Indian journal of veterinary science and animal husbandry - Volume 6,
Year: 1936
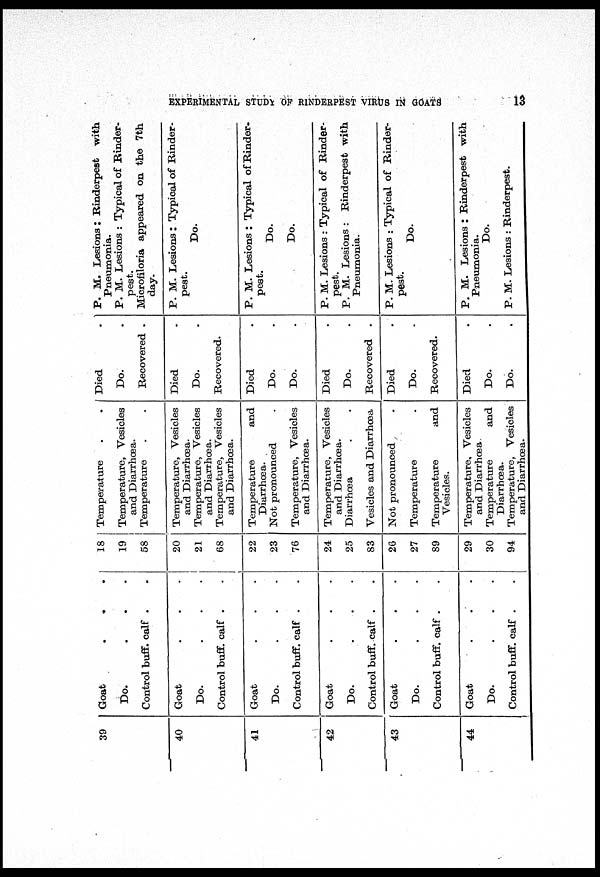
EXPERIMENTAL STUDY OF RINDERPEST VIRUS IN GOATS
13
39
40
41
42
43
44
Goat . . .
Do. . . .
Control buff. calf . .
Goat . . .
Do. . . .
Control buff. calf . .
Goat . . .
Do. . . .
Control buff. calf . .
Goat . . .
Do. . . .
Control buff. calf . .
Goat . . .
Do. . . .
Control buff. calf . .
Goat . . .
Do. . . .
Control buff. calf . .
18
19
58
20
21
68
22
23
76
24
25
83
26
27
89
29
30
94
Temperature . .
Temperature, Vesicles
and Diarrhœa.
Temperature . .
Temperature, Vesicles
and Diarrhœa.
Temperature, Vesicles
and Diarrhœa.
Temperature, Vesicles
and Diarrhœa.
Temperature
and
Diarrhœa.
Not pronounced .
Temperature, Vesicles
and Diarrhœa.
Temperature, Vesicles
and Diarrhœa.
Diarrhœa . .
Vesicles and Diarrhœa
Not pronounced .
Temperature .
Temperature
and
Vesicles.
Temperature, Vesicles
and Diarrhœa.
Temperature
and
Diarrhœa.
Temperature, Vesicles
and Diarrhœa.
Died .
Do. .
Recovered .
Died .
Do. .
Recovered.
Died .
Do. .
Do. .
Died .
Do. .
Recovered .
Died .
Do. .
Recovered.
Died .
Do. .
Do. .
P. M. Lesions: Rinderpest with
Pneumonia.
P. M. Lesions : Typical of Rinder-
pest.
Microfiloria appeared on the 7th
day.
P. M. Lesions : Typical of Rinder-
pest.
Do.
P. M. Lesions : Typical of Rinder-
pest.
Do.
Do.
P. M. Lesions : Typical of Rinder-
pest.
P. M. Lesions : Rinderpest with
Pneumonia.
P. M. Lesions : Typical of Rinder-
pest.
Do.
P. M. Lesions : Rinderpest with
Pneumonia.
Do.
P. M. Lesions : Rinderpest.